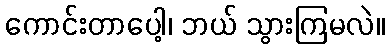
ကောင်းတာပေါ့၊ ဘယ် သွားကြမလဲ။